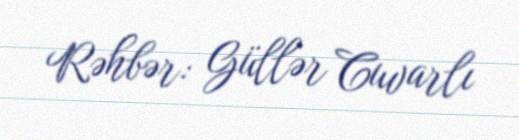
Rəhbər: Güllər Cuvarlı